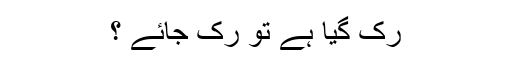
رک گیا ہے تو رک جائے ؟